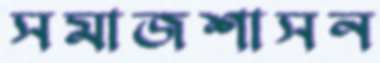
সমাজশাসন